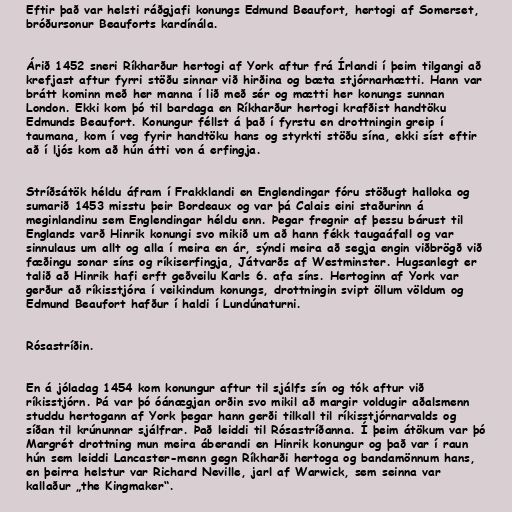
Eftir það var helsti ráðgjafi konungs Edmund Beaufort, hertogi af Somerset,
bróðursonur Beauforts kardínála.

Árið 1452 sneri Ríkharður hertogi af York aftur frá Írlandi í þeim tilgangi að
krefjast aftur fyrri stöðu sinnar við hirðina og bæta stjórnarhætti. Hann var
brátt kominn með her manna í lið með sér og mætti her konungs sunnan
London. Ekki kom þó til bardaga en Ríkharður hertogi krafðist handtöku
Edmunds Beaufort. Konungur féllst á það í fyrstu en drottningin greip í
taumana, kom í veg fyrir handtöku hans og styrkti stöðu sína, ekki síst eftir
að í ljós kom að hún átti von á erfingja.

Stríðsátök héldu áfram í Frakklandi en Englendingar fóru stöðugt halloka og
sumarið 1453 misstu þeir Bordeaux og var þá Calais eini staðurinn á
meginlandinu sem Englendingar héldu enn. Þegar fregnir af þessu bárust til
Englands varð Hinrik konungi svo mikið um að hann fékk taugaáfall og var
sinnulaus um allt og alla í meira en ár, sýndi meira að segja engin viðbrögð við
fæðingu sonar síns og ríkiserfingja, Játvarðs af Westminster. Hugsanlegt er
talið að Hinrik hafi erft geðveilu Karls 6. afa síns. Hertoginn af York var
gerður að ríkisstjóra í veikindum konungs, drottningin svipt öllum völdum og
Edmund Beaufort hafður í haldi í Lundúnaturni.

Rósastríðin.

En á jóladag 1454 kom konungur aftur til sjálfs sín og tók aftur við
ríkisstjórn. Þá var þó óánægjan orðin svo mikil að margir voldugir aðalsmenn
studdu hertogann af York þegar hann gerði tilkall til ríkisstjórnarvalds og
síðan til krúnunnar sjálfrar. Það leiddi til Rósastríðanna. Í þeim átökum var þó
Margrét drottning mun meira áberandi en Hinrik konungur og það var í raun
hún sem leiddi Lancaster-menn gegn Ríkharði hertoga og bandamönnum hans,
en þeirra helstur var Richard Neville, jarl af Warwick, sem seinna var
kallaður „the Kingmaker“.